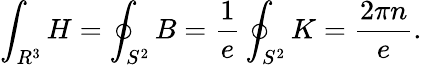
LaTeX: \int_{R^{3}}H=\oint_{S^{2}}B=\frac{1}{e}\oint_{S^{2}}K=\frac{2\pi n}{e}.